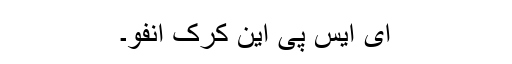
ای ایس پی این کرک انفو۔